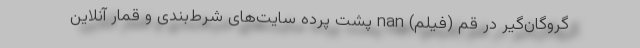
گروگان‌گیر در قم (فیلم) nan پشت پرده سایت‌های شرط‌بندی و قمار آنلاین